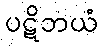
ပဋိဘယံ